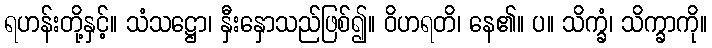
ရဟန်းတို့နှင့်။ သံသဋ္ဌော၊ နှီးနှောသည်ဖြစ်၍။ ဝိဟရတိ၊ နေ၏။ ပ။ သိက္ခံ၊ သိက္ခာကို။